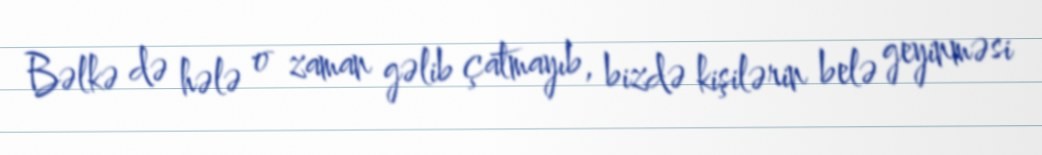
Bəlkə də hələ o zaman gəlib çatmayıb, bizdə kişilərin belə geyinməsi